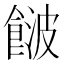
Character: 𩜤